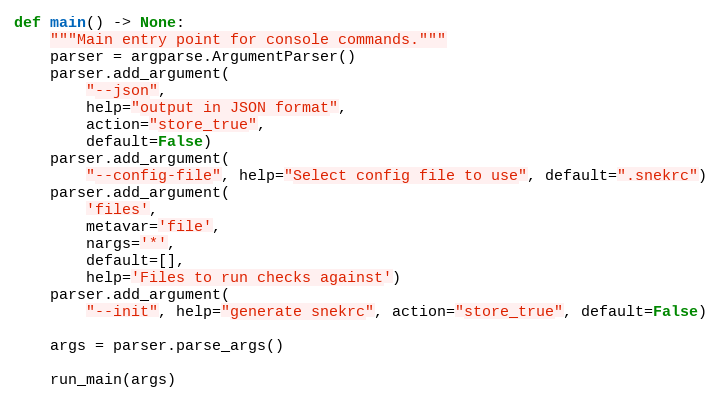
Language: Python
def main() -> None:
    """Main entry point for console commands."""
    parser = argparse.ArgumentParser()
    parser.add_argument(
        "--json",
        help="output in JSON format",
        action="store_true",
        default=False)
    parser.add_argument(
        "--config-file", help="Select config file to use", default=".snekrc")
    parser.add_argument(
        'files',
        metavar='file',
        nargs='*',
        default=[],
        help='Files to run checks against')
    parser.add_argument(
        "--init", help="generate snekrc", action="store_true", default=False)

    args = parser.parse_args()

    run_main(args)